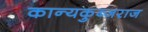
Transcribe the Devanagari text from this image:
कान्यकुब्जराज